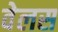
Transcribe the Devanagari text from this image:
वेलस